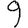
Digit: 9